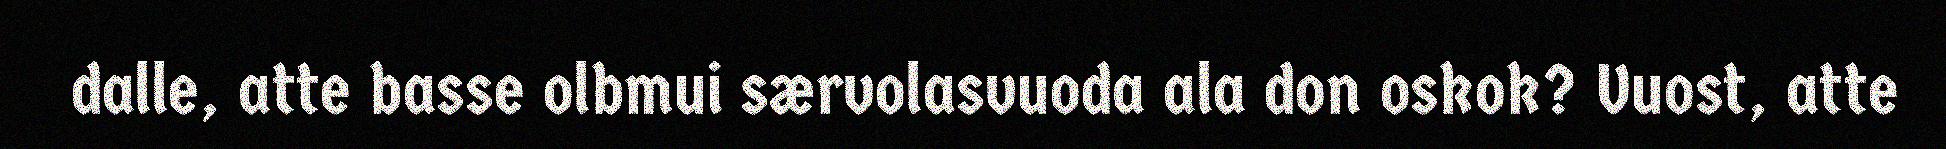
dalle, atte basse olbmui særvolasvuoda ala don oskok? Vuost, atte